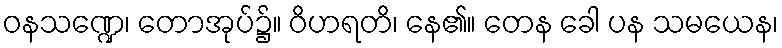
ဝနသဏ္ဍေ၊ တောအုပ်၌။ ဝိဟရတိ၊ နေ၏။ တေန ခေါ ပန သမယေန၊